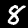
Label: 8